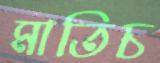
মাতিচ